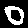
Label: 0